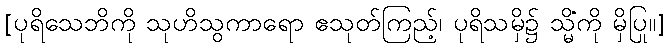
[ပုရိသေဘိကို သုဟိသွကာရော ဧသုတ်ကြည့်၊ ပုရိသမှိ၌ သ္မိံကို မှိပြု။]